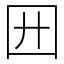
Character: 㘟